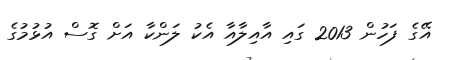
އޭގެ ފަހުން 2013 ގައި އާއިލާއާ އެކު ލަންކާ އަށް ގޮސް އުޅުމުގެ